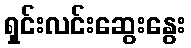
ရှင်းလင်းဆွေးနွေး